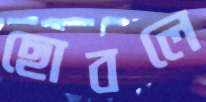
ছোবলে